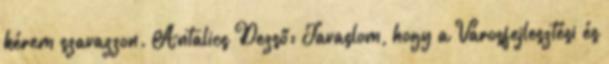
kérem szavazzon. Antalics Dezső: Javaslom, hogy a Városfejlesztési és